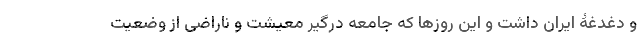
و دغدغۀ ایران داشت و این روزها که جامعه درگیر معیشت و ناراضی از وضعیت